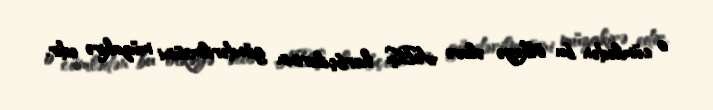
o cümlədən bu ölkəyə əlavə ABŞ hərbçilərinin göndərilməsini müzakirə edir.